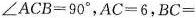
$$∠ A B C = 9 0 °$$，$$A C = 6, B C =$$